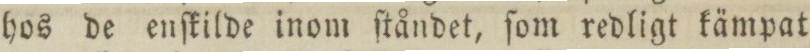
hos de enſkilde inom ſtåndet, ſom redligt kämpat